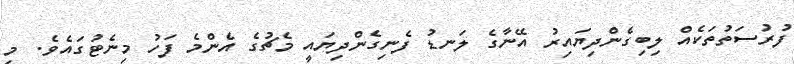
ފުރުސަތުތަކެއް ލިބިގެންދިޔައިރު އޭނާގެ ލަނޑު ފެނިގެންދިޔައީ މެޗުގެ އެންމެ ފަހު މިނެޓުގައެވެ. މި